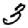
Digit: 3